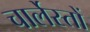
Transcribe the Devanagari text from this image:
चार्लेस्तों